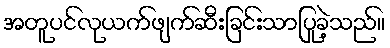
အတူပင်လုယက်ဖျက်ဆီးခြင်းသာပြုခဲ့သည်။